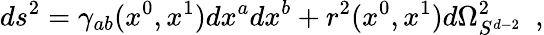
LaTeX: ds^{2}=\gamma_{ab}(x^{0},x^{1})dx^{a}dx^{b}+r^{2}(x^{0},x^{1})d\Omega_{S^{d-2}}^{2}~~,